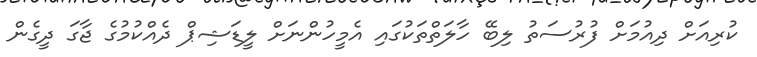
ކުރިއަށް ދިއުމަށް ފުރުސަތު ލިބޭ ހާލަތްތަކުގައި އެމީހުންނަށް ލީޑަޝިޕް ދެއްކުމުގެ ޖާގަ ދީގެން